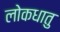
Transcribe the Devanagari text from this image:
लोकधातु